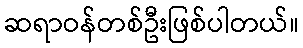
ဆရာဝန်တစ်ဦးဖြစ်ပါတယ်။